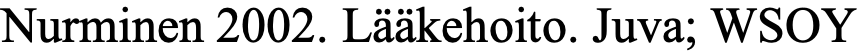
Nurminen 2002. Lääkehoito. Juva; WSOY